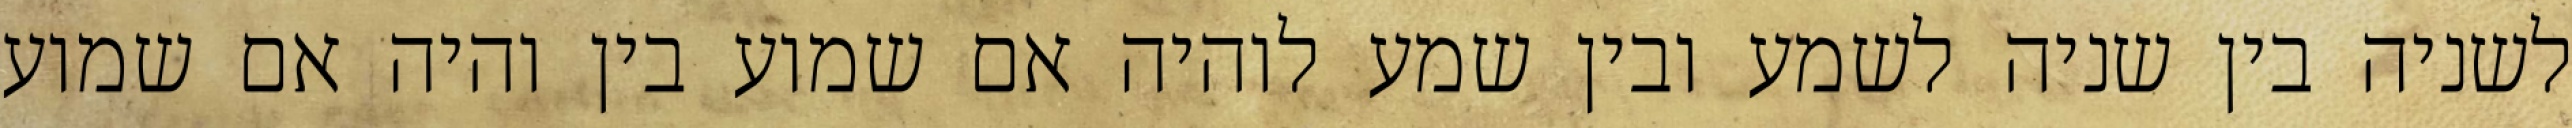
לשניה בין שניה לשמע ובין שמע לוהיה אם שמוע בין והיה אם שמוע